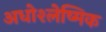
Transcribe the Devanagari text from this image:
अधोश्लेष्मिक